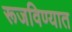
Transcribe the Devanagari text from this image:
रूजविण्यात